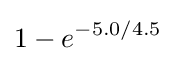
1-e^{-5.0/4.5}